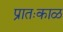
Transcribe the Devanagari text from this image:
प्रातःकाळ